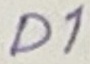
Text: D1